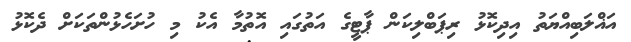
އަޣްލަބިއްޔަތު އިދިކޮޅު ރިޕަބްލިކަން ޕާޓީގެ އަތުގައި އޮތުމާ އެކު މި ހުށަހެޅުންތަކަށް ދެކޮޅު